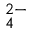
_ 4 ^ { 2 - }